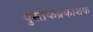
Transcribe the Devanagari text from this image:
पुस्तकप्रकाशक